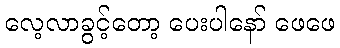
လေ့လာခွင့်တော့ ပေးပါနော် ဖေဖေ